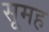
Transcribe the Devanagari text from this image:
सूमह